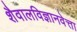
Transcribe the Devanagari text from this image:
शैवालविज्ञानवेत्ता